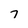
Character: 7